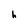
Character: h